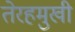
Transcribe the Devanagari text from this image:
तेरहमुखी